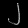
Digit: ၂